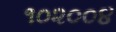
૧૦૨૦૦૪